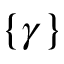
\{ \gamma \}